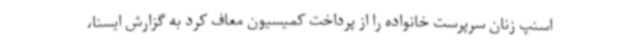
اسنپ زنان سرپرست خانواده را از پرداخت کمیسیون معاف کرد به گزارش ایسنا،